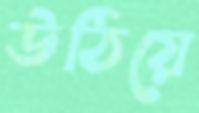
উঠিয়ে